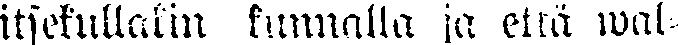
itsekullakin kunnalla ja että wal-